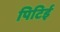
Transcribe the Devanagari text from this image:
पिटिई